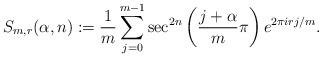
LaTeX: \begin{align*}S_{m,r}(\alpha,n):=\frac{1}{m}\sum_{j=0}^{m-1} \sec^{2n}\left(\frac{j+\alpha}{m}\pi\right) e^{2\pi i rj /m}.\end{align*}